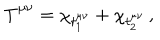
LaTeX: T _ { \; \; } ^ { \mu \nu } = \chi _ { t _ { 1 } ^ { \mu \nu } } + \chi _ { t _ { 2 } ^ { \mu \nu } } \, ,